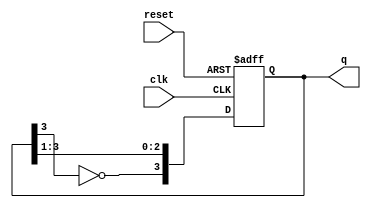
module johnson_counter (
    input wire clk,         // Clock signal
    input wire reset,       // Asynchronous reset
    output reg [3:0] q      // 4-bit output state
);

    // Initial state
    initial begin
        q = 4'b0000;       // Initialize the counter state to 0
    end

    // On every clock edge
    always @(posedge clk or posedge reset) begin
        if (reset) begin
            q <= 4'b0000;  // Reset counter to 0
        end else begin
            // Shift the state with inverted last bit fed back to the first
            q <= { ~q[3], q[3:1] }; // Invert last bit and shift
        end
    end

endmodule